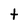
Character: t